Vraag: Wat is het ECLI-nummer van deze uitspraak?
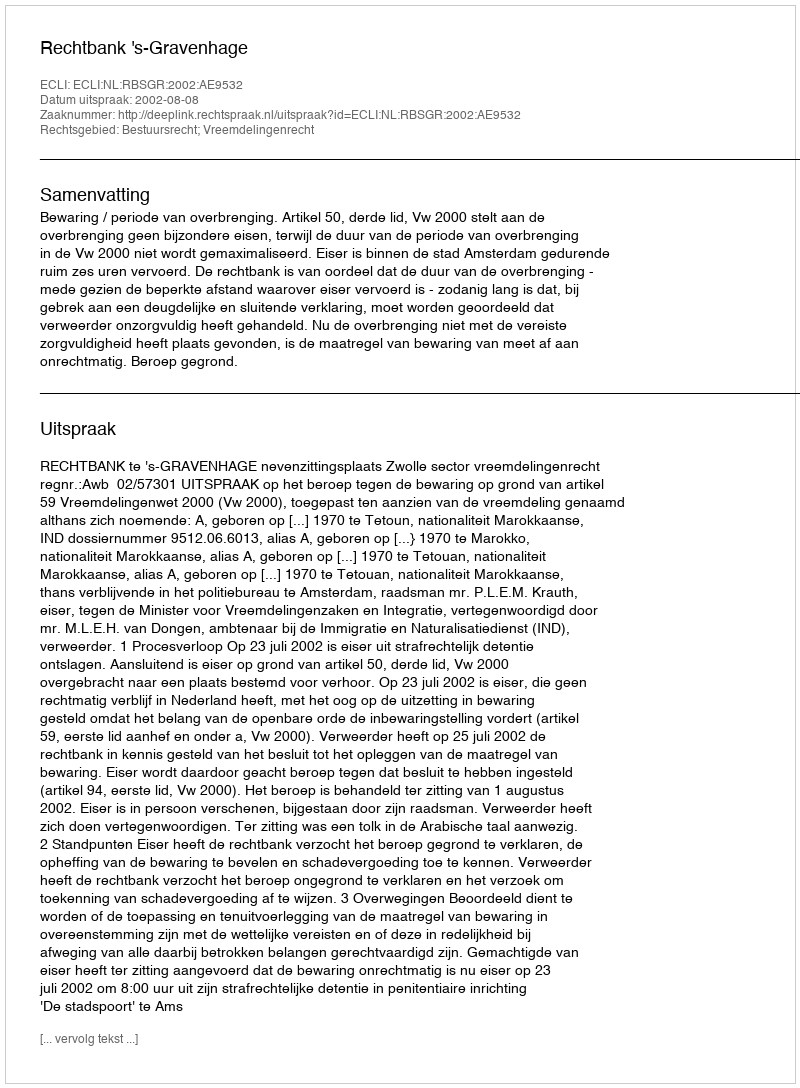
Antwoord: ECLI:NL:RBSGR:2002:AE9532